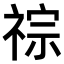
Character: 𥚎